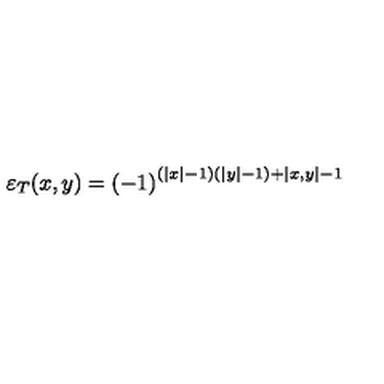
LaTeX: \varepsilon _ { T } ( x , y ) = \left( - 1 \right) ^ { \left( \left| x \right| - 1 \right) \left( \left| y \right| - 1 \right) + \left| x , y \right| - 1 }